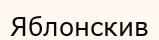
Яблонскив